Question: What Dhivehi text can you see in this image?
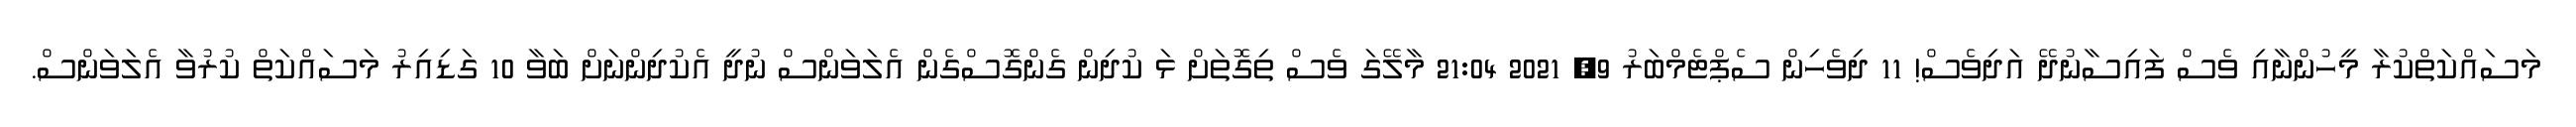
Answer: މަސައްކަތްކުރާ މީހުންނާއި ވެސް ފައިސާނުދޭ އަދިވެސް! 11 ދިވެހިން ސެޕްޓެމްބަރު 9, 2021 21:04 މާލޭގަ ވެސް ތިގޮތަށް ޅަ ކުދިން ގެންގޮސްގެން އެލަވަންސް ނުދީ އެކުދިންނަށް ބަވާ 10 ގަޑިއިރު މަސައްކަތް ކުރުވާ އެލަވަންސް.